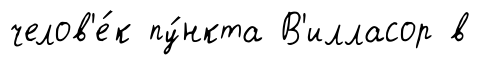
челов'е́к пу́нкта В'илласор в